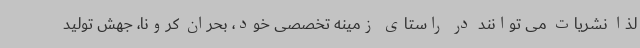
لذا نشریات می توانند در راستای زمینه تخصصی خود، بحران کرونا، جهش تولید